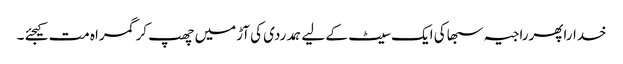
خداراپھرراجیہ سبھاکی ایک سیٹ کے لیے ہمدردی کی آڑمیں چھپ کر گمراہ مت کیجئے ۔